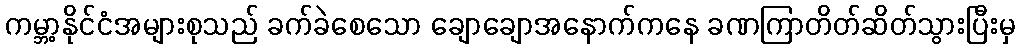
ကမ္ဘာ့နိုင်ငံအများစုသည် ခက်ခဲစေသော ချောချောအနောက်ကနေ ခဏကြာတိတ်ဆိတ်သွားပြီးမှ